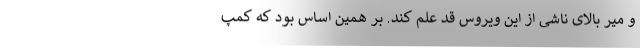
و میر بالای ناشی از این ویروس قد علم کند. بر همین اساس بود که کمپ